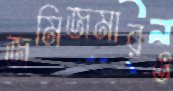
জমিজমারও